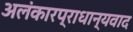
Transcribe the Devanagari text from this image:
अलंकारप्राधान्यवाद